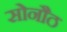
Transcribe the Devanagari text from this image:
सोनौठ